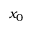
x _ { 0 }